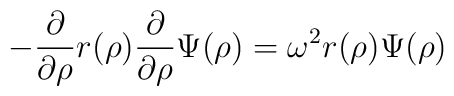
-\frac{\partial}{\partial \rho}r(\rho)\frac{\partial}{\partial \rho}\Psi(\rho)= \omega^2r(\rho)\Psi(\rho)